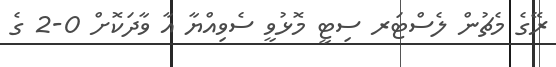
ރޭގެ މެޗުން ލެސްޓަރ ސިޓީ މޮޅުވީ ސެވިއްޔާ އާ ވާދަކޮށް 0-2 ގެ